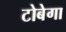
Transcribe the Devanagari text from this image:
टोबेगा